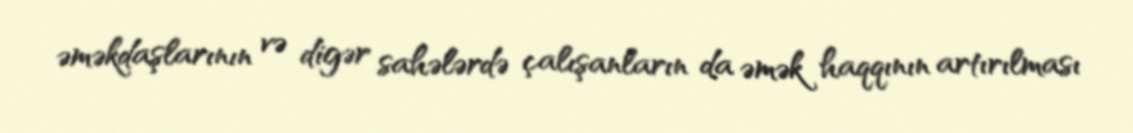
əməkdaşlarının və digər sahələrdə çalışanların da əmək haqqının artırılması